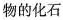
物的化石